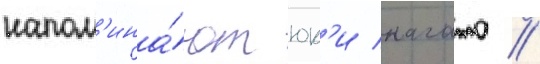
напом'ина́ют юк'и нагато //